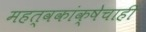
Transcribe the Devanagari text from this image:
महत्वकांक्षेचाही